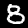
Label: 8